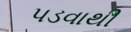
પડવાથી